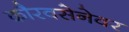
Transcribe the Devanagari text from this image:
कौरवसेनेवर